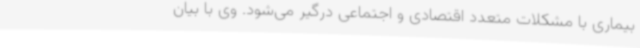
بیماری با مشکلات متعدد اقتصادی و اجتماعی درگیر می‌شود. وی با بیان